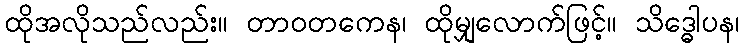
ထိုအလိုသည်လည်း။ တာဝတကေန၊ ထိုမျှလောက်ဖြင့်။ သိဒ္ဓေါပန၊